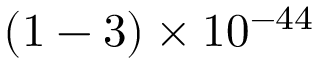
( 1 - 3 ) \times 1 0 ^ { - 4 4 }